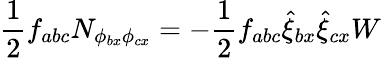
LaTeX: \frac{1}{2}f_{abc}N_{\phi_{bx}\phi_{cx}}=-\frac{1}{2}f_{abc}\hat{\xi}_{bx}\hat{\xi}_{cx}W